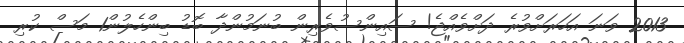
2013 ވަނަ އަހަރަށްވުރެ ދަށްވެއްޖެ! ސައިންސުވެރިން ބުނަމުންދާ ބޮޑު ބިންހެލުން1 މަސް ކުރި